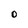
Character: O